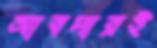
আবদারই